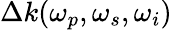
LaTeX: \Delta k(\omega_{p},\omega_{s},\omega_{i})